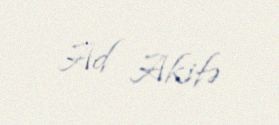
Ad Akifə